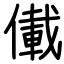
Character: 儎